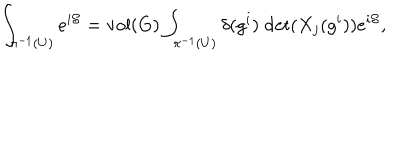
\int _ { \pi ^ { - 1 } ( U ) } e ^ { i { \cal S } } = \mathrm { v o l } ( G ) \int _ { \pi ^ { - 1 } ( U ) } \delta ( g ^ { i } ) \; \mathrm { d e t } ( X _ { j } ( g ^ { i } ) ) e ^ { i { \cal S } } ,